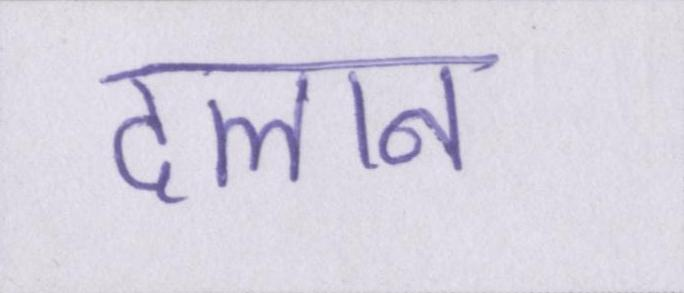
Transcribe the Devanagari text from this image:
दलान